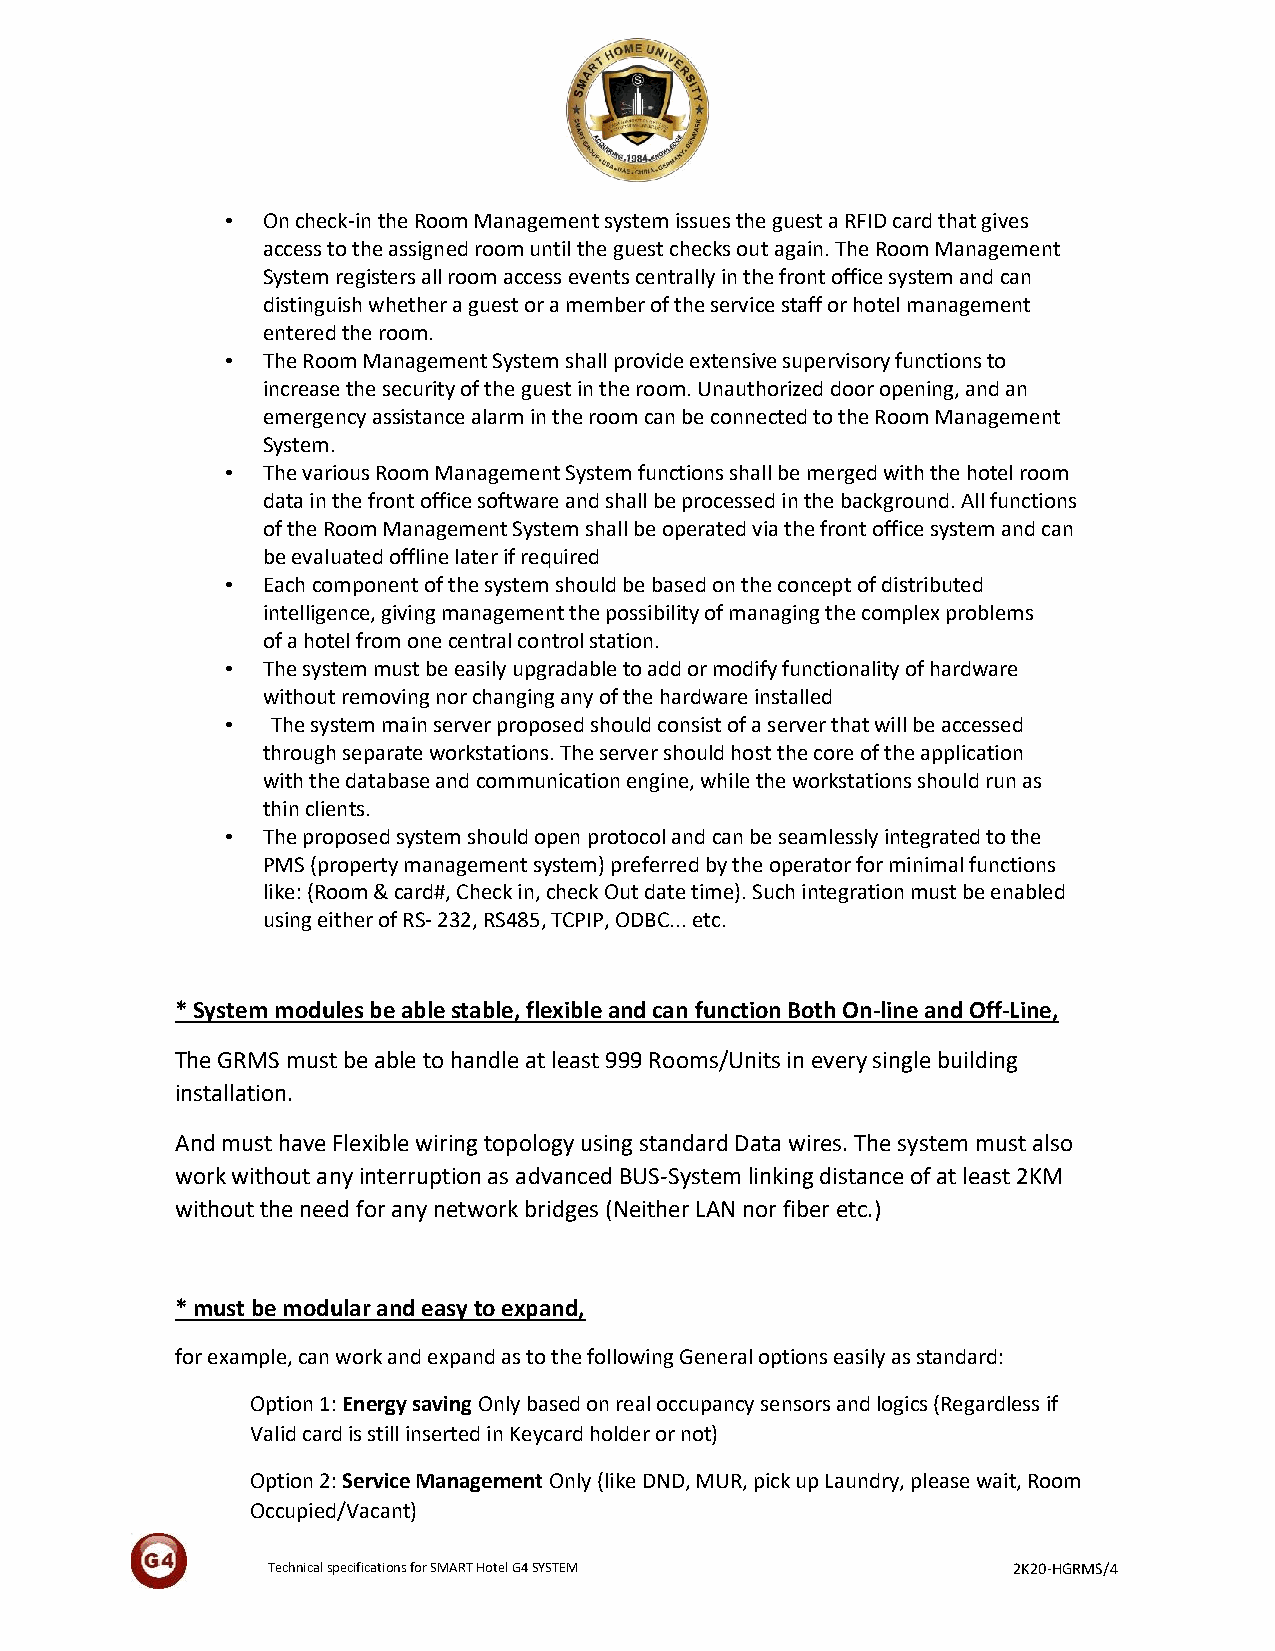
• On check-in the Room Management system issues the guest a RFID card that gives
 access to the assigned room until the guest checks out again. The Room Management
 System registers all room access events centrally in the front office system and can
 distinguish whether a guest or a member of the service staff or hotel management
 entered the room.
 • The Room Management System shall provide extensive supervisory functions to
 increase the security of the guest in the room. Unauthorized door opening, and an
 emergency assistance alarm in the room can be connected to the Room Management
 System.
 • The various Room Management System functions shall be merged with the hotel room
 data in the front office software and shall be processed in the background. All functions
 of the Room Management System shall be operated via the front office system and can
 be evaluated offline later if required
 • Each component of the system should be based on the concept of distributed
 intelligence, giving management the possibility of managing the complex problems
 of a hotel from one central control station.
 • The system must be easily upgradable to add or modify functionality of hardware
 without removing nor changing any of the hardware installed
 •  The system main server proposed should consist of a server that will be accessed
 through separate workstations. The server should host the core of the application
 with the database and communication engine, while the workstations should run as
 thin clients.
 • The proposed system should open protocol and can be seamlessly integrated to the
 PMS (property management system) preferred by the operator for minimal functions
 like: (Room & card#, Check in, check Out date time). Such integration must be enabled
 using either of RS- 232, RS485, TCPIP, ODBC... etc.
 * System modules be able stable, flexible and can function Both On-line and Off-Line,
 The GRMS must be able to handle at least 999 Rooms/Units in every single building
 installation.
 And must have Flexible wiring topology using standard Data wires. The system must also
 work without any interruption as advanced BUS-System linking distance of at least 2KM
 without the need for any network bridges (Neither LAN nor fiber etc.)
 * must be modular and easy to expand,
 for example, can work and expand as to the following General options easily as standard:
 Option 1: Energy saving Only based on real occupancy sensors and logics (Regardless if
 Valid card is still inserted in Keycard holder or not)
 Option 2: Service Management Only (like DND, MUR, pick up Laundry, please wait, Room
 Occupied/Vacant)
 Technical specifications for SMART Hotel G4 SYSTEM 2K20-HGRMS/4